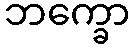
ဘက္ခော